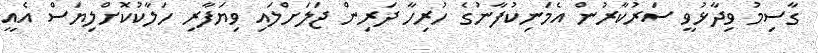
ގާސިމު ވިދާޅުވީ ސަރުކާރުން އެމަނިކުފާނުގެ ހުރިހާ ދަރިން ޖަލަށްލައި ވިޔަފާރި ހަލާކުކޮށްލިޔަސް އެއީ